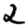
Digit: 2